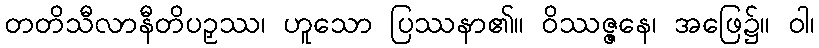
တတိသီလာနီတိပဉှဿ၊ ဟူသော ပြဿနာ၏။ ဝိဿဇ္ဇနေ၊ အဖြေ၌။ ဝါ၊